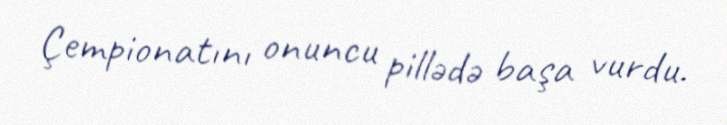
Çempionatını onuncu pillədə başa vurdu.